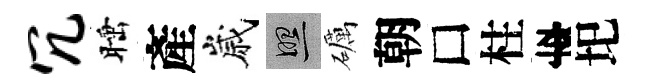
冗睡產嵗照礪朝□柱李圯